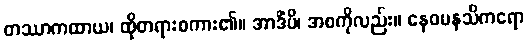
တဿာကထာယ၊ ထိုတရားစကား၏။ အာဒိံပိ၊ အစကိုလည်း။ နေဝမနသိကရော